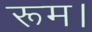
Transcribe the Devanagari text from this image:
रूम।